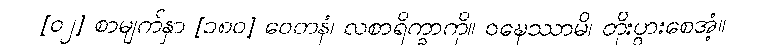
[၀၂] စာမျက်နှာ [၁၈၀] ဝေတနံ၊ လစာရိက္ခာကို။ ဝဍ္ဎေဿာမိ၊ တိုးပွားစေအံ့။